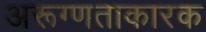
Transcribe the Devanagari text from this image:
अरूग्णताकारक